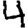
Digit: 4